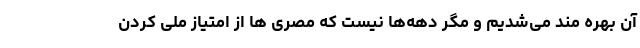
آن بهره مند می‌شدیم و مگر دهه‌ها نیست که مصری ها از امتیاز ملی کردن